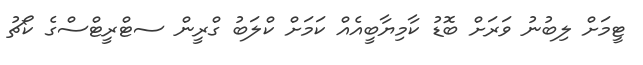
ޓީމަށް ލިބުނު ވަރަށް ބޮޑު ކާމިޔާބީއެއް ކަމަށް ކްލަބު ގްރީން ސޓްރީޓްސްގެ ކޯޗު